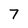
Character: 7